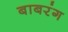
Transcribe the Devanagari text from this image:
बाबरंग